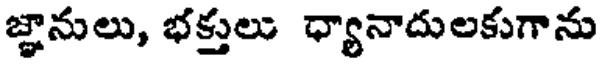
జ్ఞానులు, భక్తులు ధ్యానాదులకుగాను